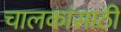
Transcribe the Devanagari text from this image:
चालकांसाठी